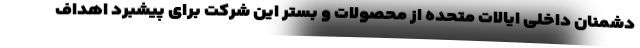
دشمنان داخلی ایالات متحده از محصولات و بستر این شرکت برای پیشبرد اهداف